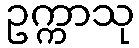
ဥက္ကာသု